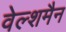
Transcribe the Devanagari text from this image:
वेल्शमैन